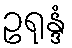
ဥရုန္ဒံ